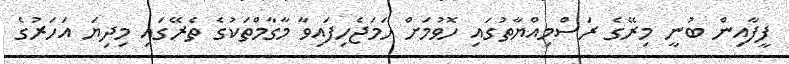
ފީފާއިން ބުނީ މިރޭގެ ރަސްމިއްޔާތުގައި ހޮވުމަށް ހަމަޖެހިފައިވާ މާގާމްތަކުގެ ތެރޭގައި މިދިޔަ އަހަރުގެ